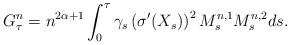
LaTeX: \begin{align*}G^n_\tau=n^{2\alpha+ 1}\int^{\tau}_0 \gamma_s \left(\sigma'(X_s)\right)^2 M^{n,1}_s M^{n,2}_sds. \end{align*}